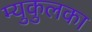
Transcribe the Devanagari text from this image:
म्युकुलका